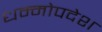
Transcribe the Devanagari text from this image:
धम्मोपदेश